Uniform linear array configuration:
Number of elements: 32
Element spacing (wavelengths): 1
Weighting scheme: uniform
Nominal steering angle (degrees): -15
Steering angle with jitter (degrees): -14.366
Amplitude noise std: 0.05
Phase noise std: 0.05

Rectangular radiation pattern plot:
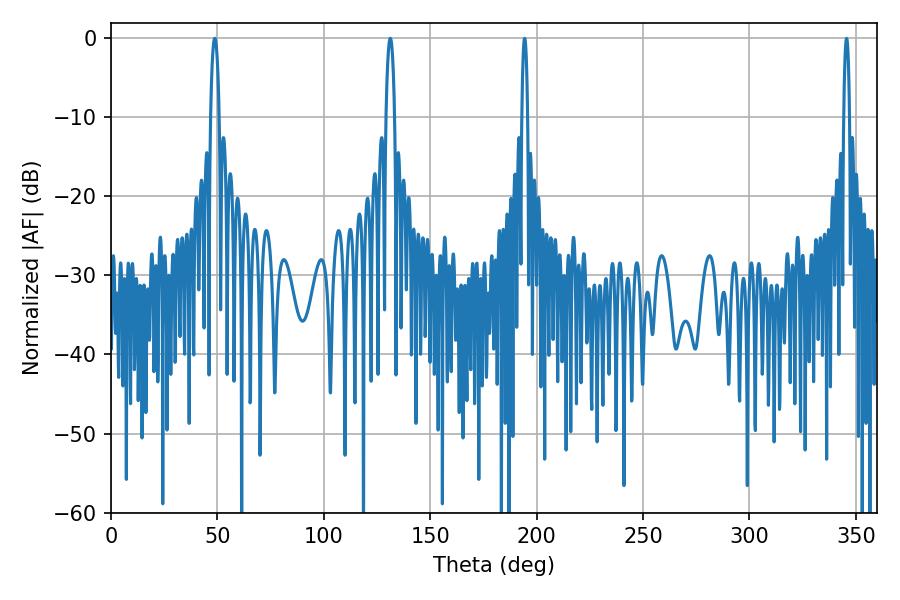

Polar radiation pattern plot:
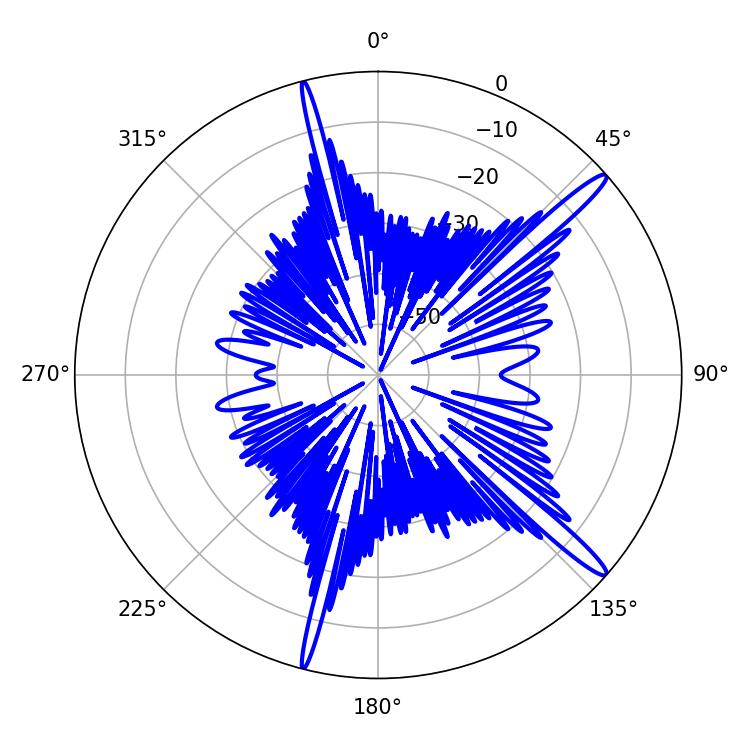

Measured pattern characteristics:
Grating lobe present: TRUE
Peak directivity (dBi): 15.598
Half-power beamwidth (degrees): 2.16
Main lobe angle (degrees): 48.78